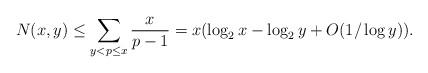
LaTeX: \begin{align*} N(x,y) \le \sum_{y<p\le x} \frac{x}{p-1} =x(\log_2 x-\log_2 y + O(1/\log y)).\end{align*}